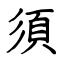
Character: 須